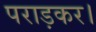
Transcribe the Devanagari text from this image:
पराड़कर।